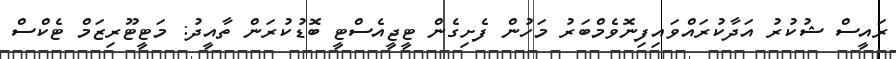
ރައީސް ޝުކުރު އަދާކުރައްވައިފިނޮވެމްބަރު މަހުން ފެށިގެން ޓީޖީއެސްޓީ ބޮޑުކުރަން ތާއީދު: މަޓީޓޫރިޒަމް ޓެކްސް